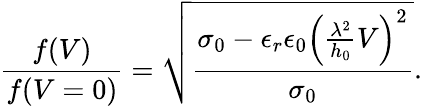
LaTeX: \frac{f(V)}{f(V=0)}=\sqrt{\frac{{\sigma_{0}-\epsilon_{r}\epsilon_{0}\left(\frac{\lambda^{2}}{h_{0}}V\right)^{2}}}{\sigma_{0}}}.